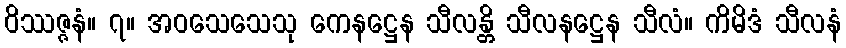
ဝိဿဇ္ဇနံ။ ၇။ အဝသေသေသု ကေနဋ္ဌေန သီလန္တိ သီလနဋ္ဌေန သီလံ။ ကိမိဒံ သီလနံ